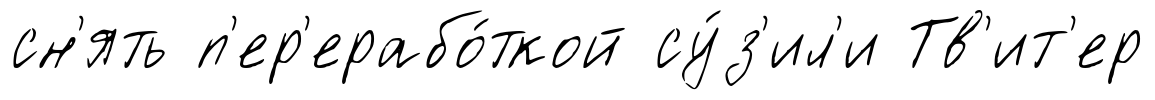
сн'ять п'ер'ерабо́ткой су́з'ил'и Тв'ит'ер